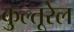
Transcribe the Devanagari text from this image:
कुल्तूरेल